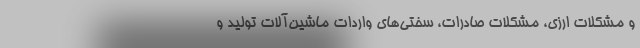
و مشکلات ارزی، مشکلات صادرات، سختی‌های واردات ماشین‌آلات تولید و